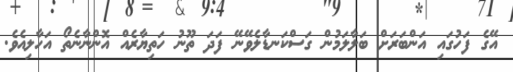
އޭގެ ފަހުގައި އަންބަރަށް ބަލާލަމުން ގަސްކަނޑާލެވޭނޭ ފަދަ ތޫނު ހަތިޔާރެއް އޮންނާނެތޯ އަހާލިއެވެ.